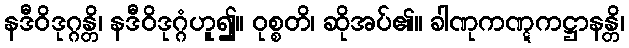
နဒီဝိဒုဂ္ဂန္တိ၊ နဒီဝိဒုဂ္ဂံဟူ၍။ ဝုစ္စတိ၊ ဆိုအပ်၏။ ခါဏုကဏ္ဋကဋ္ဌာနန္တိ၊